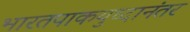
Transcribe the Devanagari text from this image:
भारतपाकयुध्दानंतर